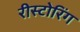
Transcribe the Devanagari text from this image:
रीस्टोरिंग